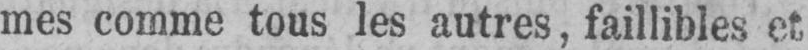
mes comme tous les autres, faillibles et